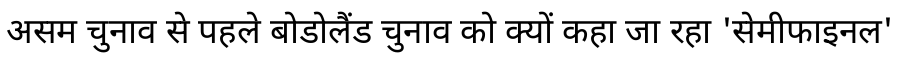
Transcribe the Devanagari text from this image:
असम चुनाव से पहले बोडोलैंड चुनाव को क्यों कहा जा रहा 'सेमीफाइनल'